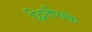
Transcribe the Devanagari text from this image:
द्वितीयके